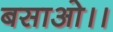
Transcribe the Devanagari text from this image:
बसाओ।।